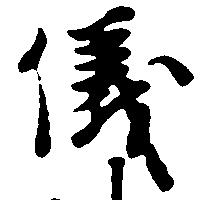
儀